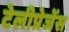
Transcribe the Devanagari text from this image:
टेलीप्रेजेंस